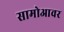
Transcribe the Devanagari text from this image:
सामोआवर